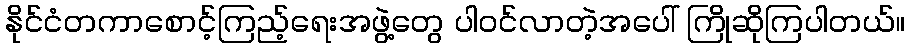
နိုင်ငံတကာစောင့်ကြည့်ရေးအဖွဲ့တွေ ပါဝင်လာတဲ့အပေါ် ကြိုဆိုကြပါတယ်။